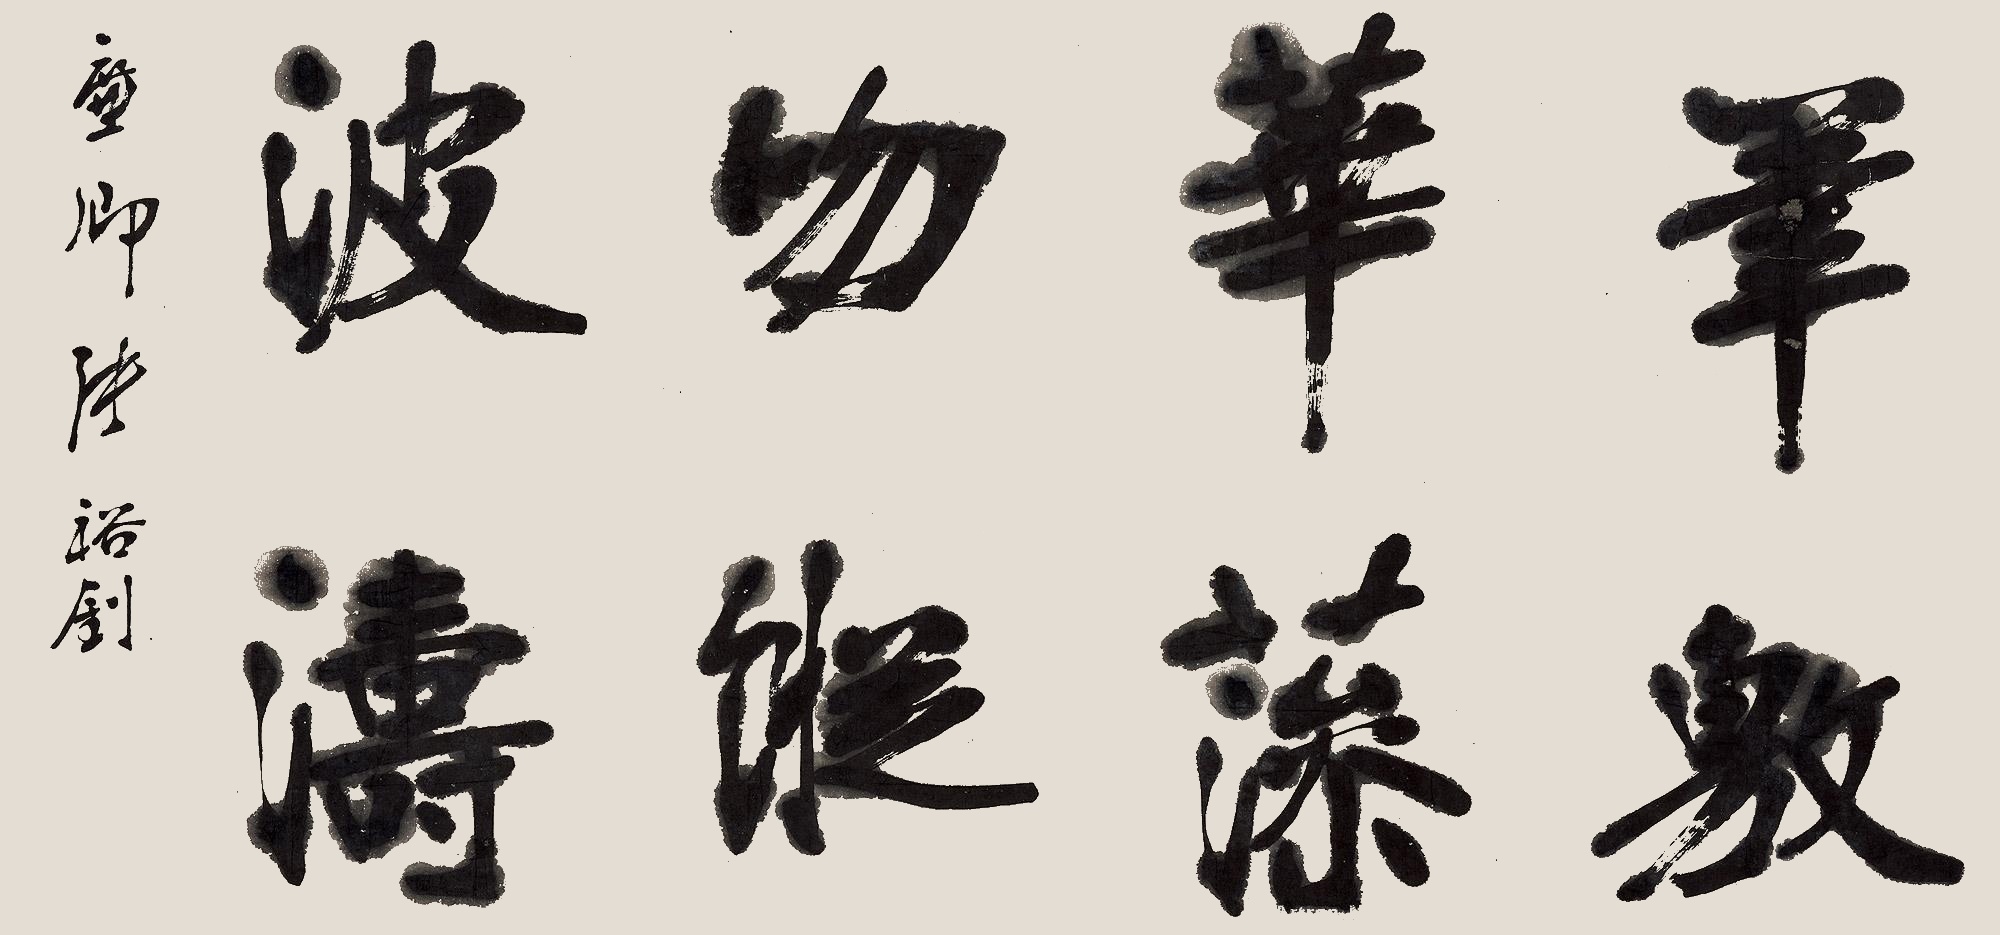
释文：笔敷华藻，吻纵涛波。廉卿张裕钊。